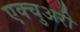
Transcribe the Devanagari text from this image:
एक्चुअरी